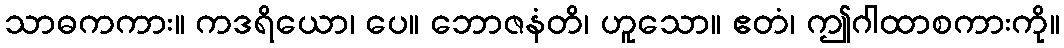
သာဓကကား။ ကဒရိယော၊ ပေ။ ဘောဇနံတိ၊ ဟူသော။ ဧတံ၊ ဤဂါထာစကားကို။